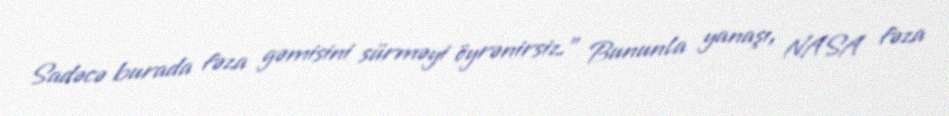
Sadəcə burada fəza gəmisini sürməyi öyrənirsiz.” Bununla yanaşı, NASA fəza